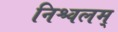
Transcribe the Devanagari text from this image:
निश्चलम्